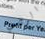
الرئاسي